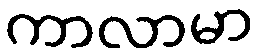
ကာလာမာ